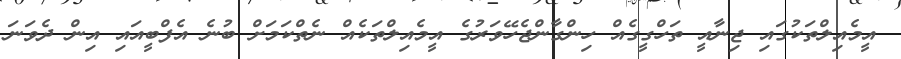
އީމެއިލްތަކުގައި ޖިނާއީ ތަހްގީގެއް ހިންގާންޖެހޭވަރުގެ އީމެއިލްތަކެއް ނެތްކަމަށް ބުނެ އެފްބީއައި އިން ދެވަނަ